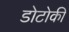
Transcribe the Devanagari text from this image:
डोटोकी